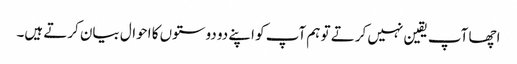
اچھا آپ یقین نہیں کرتے تو ہم آپ کو اپنے دو دوستوں کا احوال بیان کرتے ہیں۔